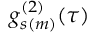
g _ { s ( m ) } ^ { ( 2 ) } ( \tau )